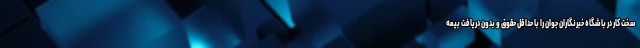
سخت کار در باشگاه خبرنگاران جوان را با حداقل حقوق و بدون دریافت بیمه